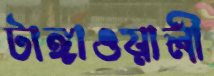
টাঙ্গাওয়ালী